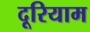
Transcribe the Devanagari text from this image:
दूरियाम